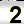
Digit: 2